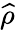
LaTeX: \widehat{\rho}